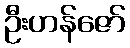
ဦးဟန်ဇော်